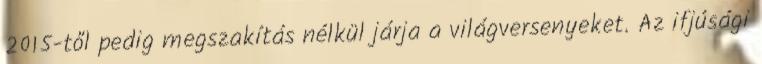
2015-től pedig megszakítás nélkül járja a világversenyeket. Az ifjúsági